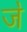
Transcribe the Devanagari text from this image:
ज॓